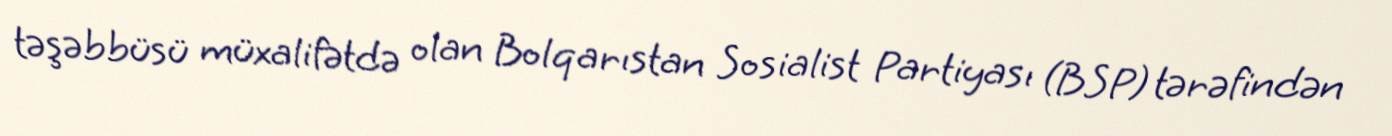
təşəbbüsü müxalifətdə olan Bolqarıstan Sosialist Partiyası (BSP) tərəfindən